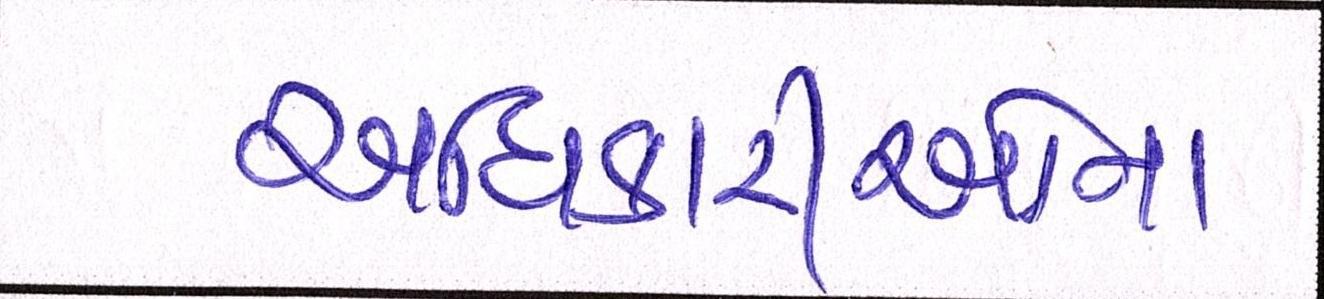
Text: અધિકારીઓના